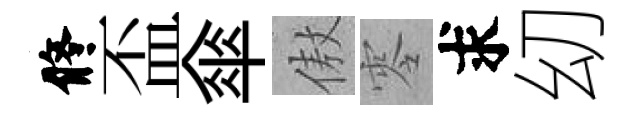
修盃傘傲零求㓜